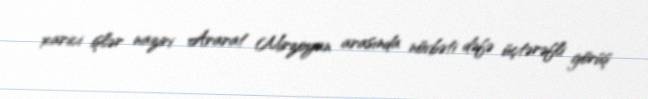
xarici işlər naziri Ararat Mirzoyan arasında növbəti dəfə üçtərəfli görüş